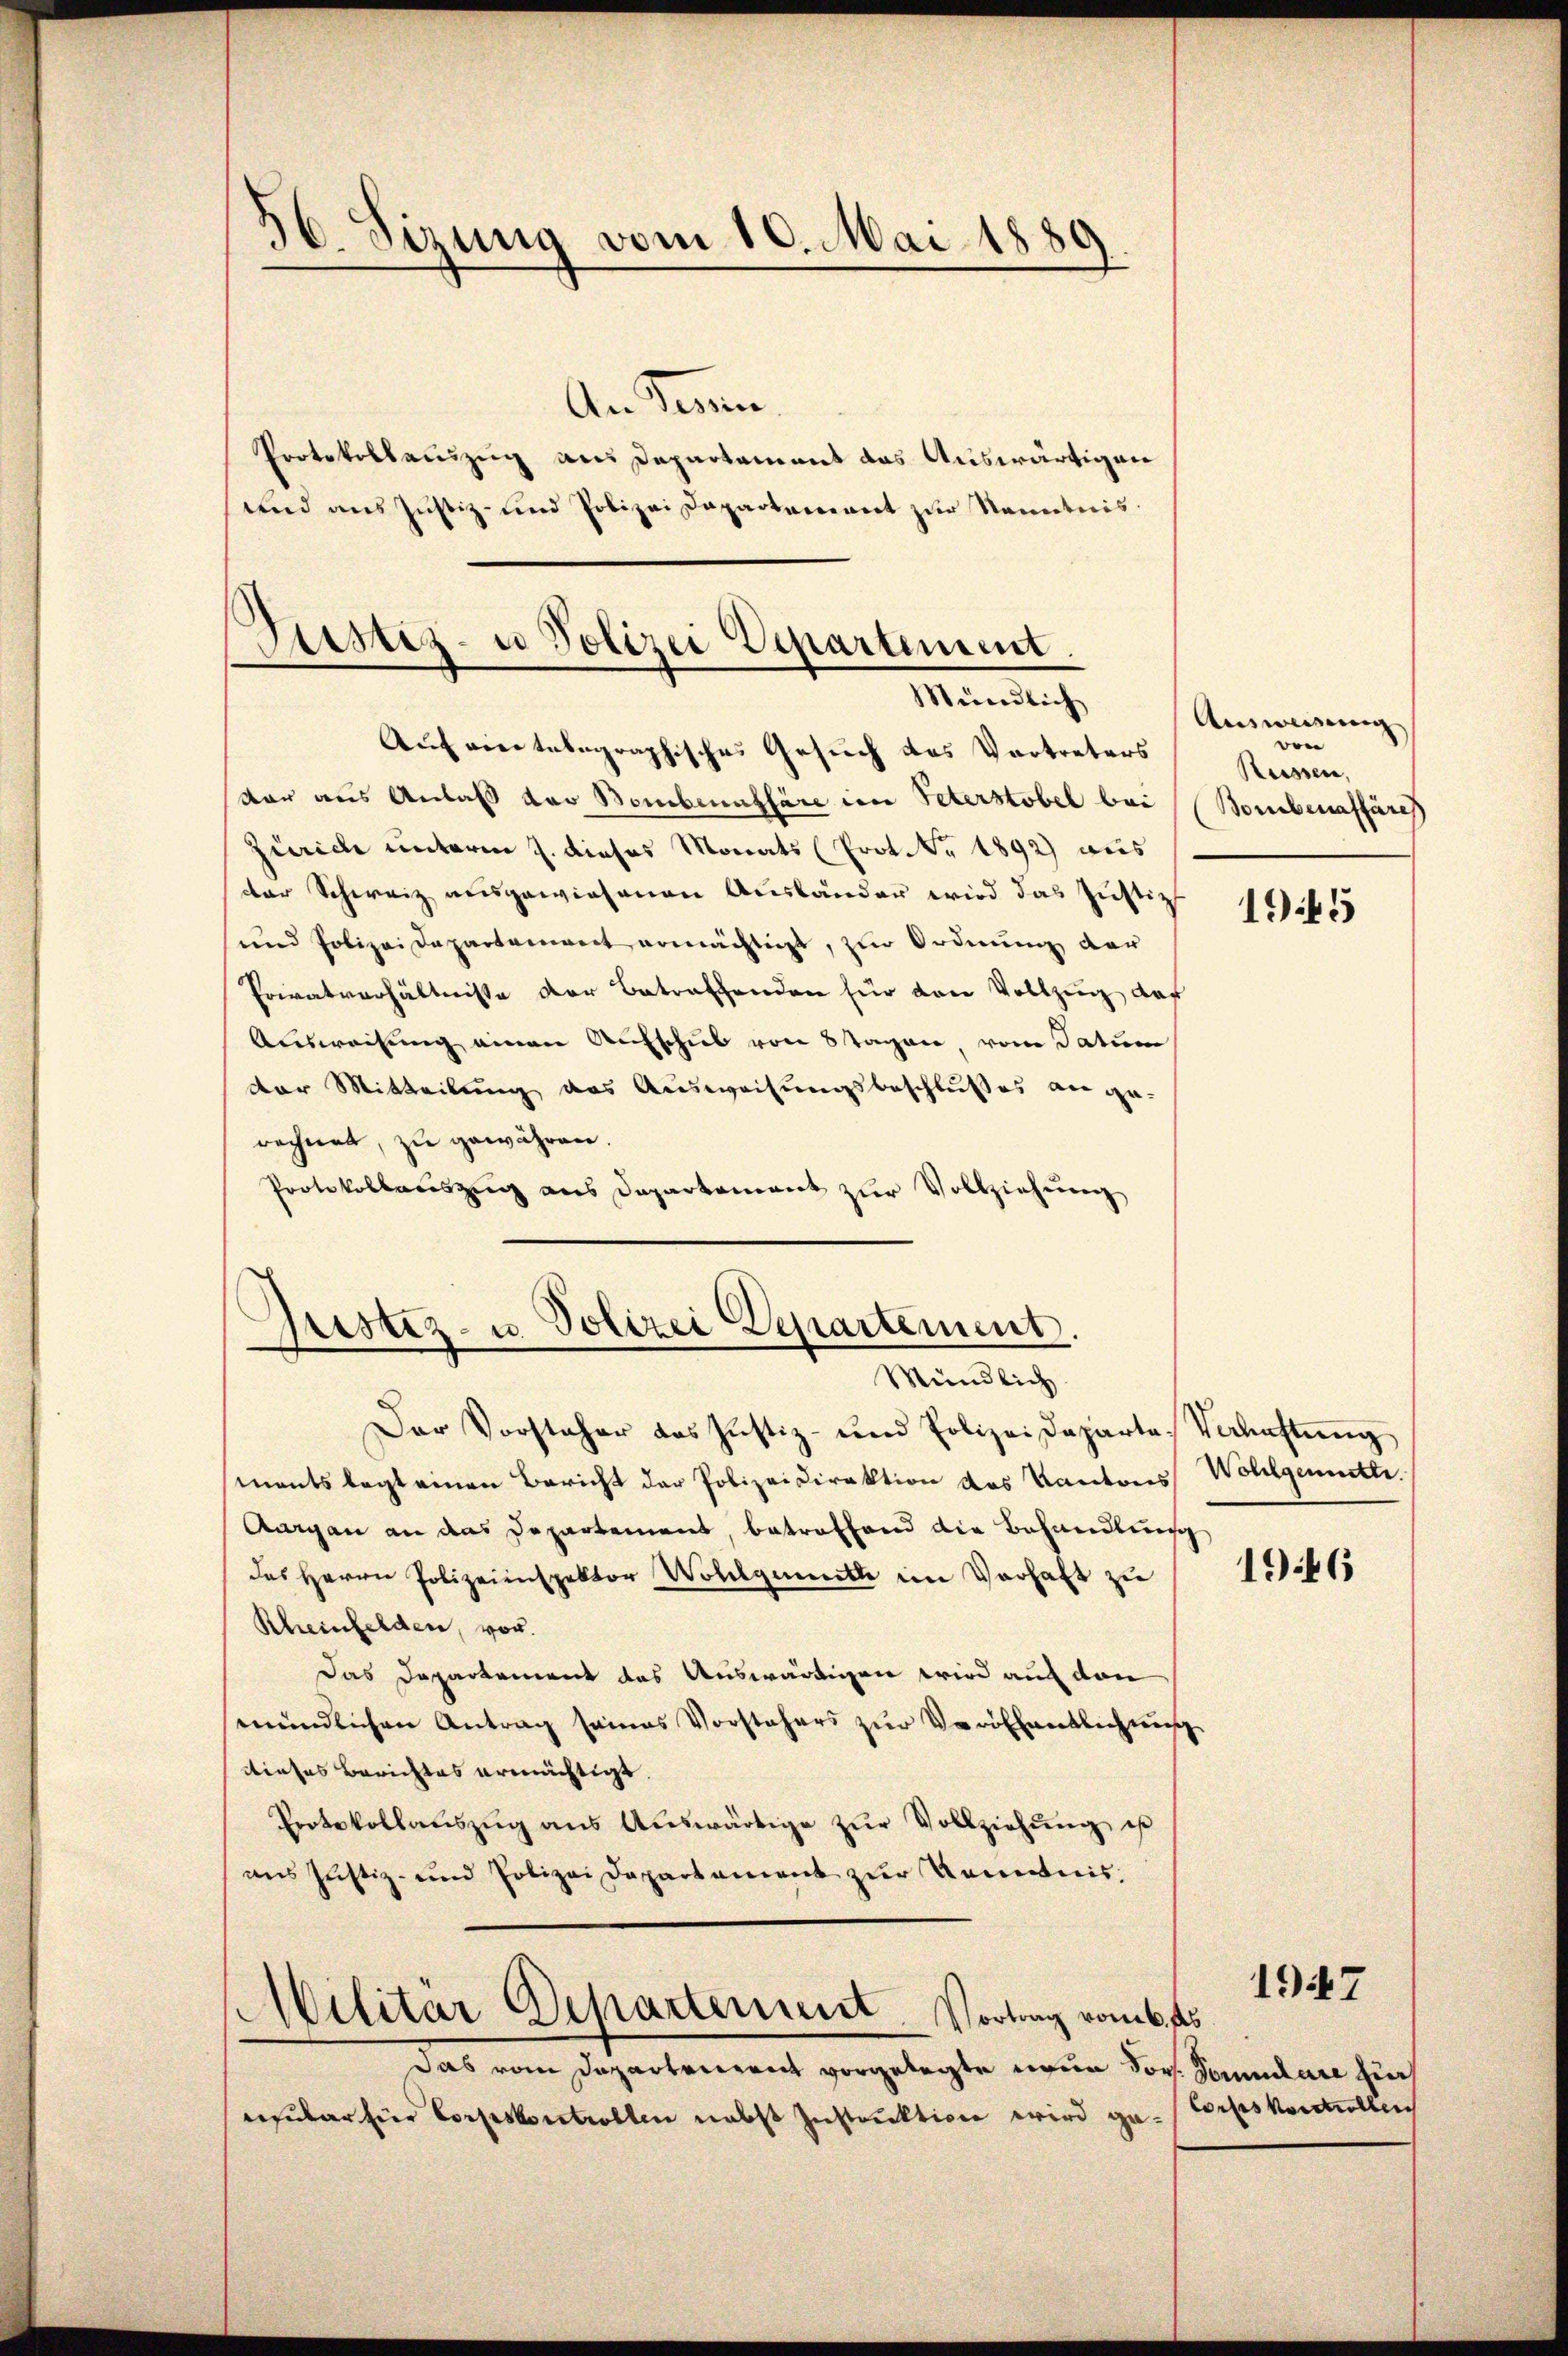
36. Sitzung vom 10. Mai 1889.

An Sonnen
Protokollauszug aus Departament das Auswärtigen
und aus Justiz- und Polizei Departement zur Kenntnis.

Piustiz- u Polizei Departement.
Mündlich

Grestiz- u. Polizei Departement.
Mündlich

Auf eine telegraphisches Gesuch des Vertreters
Var aus Anlaß das Bombennffäre im Peterstobel bei
Zürich unterm 7. dieses Monats (Prot. Nr. 1892) aus
der Schweiz ausgewiesenen Ausländer wird das Justiz
und Polizei Departement ermächtigt, zur Ordnung der
Privatverhältnisse der Betreffenden für den Vollzug, daß
Ausweisung einen Aufschus von Tagen vom Tatum
der Mitteilung des Ausweisungsbeschlußes an ge-
rechnet, zu gewähren.
Protokollauszug aus Departement zur Vollziehung

Der Vorsteher das Justiz- und Polizeideparte, Verhaftung
ments legt einen Bericht der Polizeidirektion des Kantores Wohlgemutte
Aurgau an das Departement, betreffend die Behandlun
das Herrn Polizeienspektor Wollgemitte im Verhaft zu
Rheinfelden, vor.
Das Departement das Auswärtigen wird auch den
mündlichen Antrag seines Vorstehers zur Veröffentlichun
dieses Berichtes ermächtigt.
Protokollauszug aus Auswärtige zŭr Vollziehung ist
ans Justiz- und Polizei Departement zur Kenntnis:
Militär Departement. Vortrag vom 6. ds
Das vom Departement vorgelegte neun Jos. Januare zie
eesŭlar hier Corpskontrollen nebst Instruktion wird ga-Tochtskontellen

Ausweisung
von
Suissen,
(Bombenaffäre

1945

1946

1947